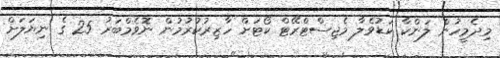
މިދެމީހުން ލަންކާ ކަޑުވެލާ މެޖިސްޓްރޭޓް ކޯޓަށް ހާޒިރުކުރުމުން ނޮވެމްބަރު 25 ގެ ނިޔަލަށް